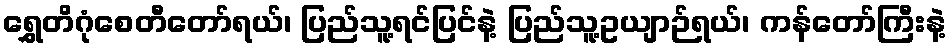
ရွှေတိဂုံစေတီတော်ရယ်၊ ပြည်သူ့ရင်ပြင်နဲ့ ပြည်သူ့ဥယျာဉ်ရယ်၊ ကန်တော်ကြီးနဲ့